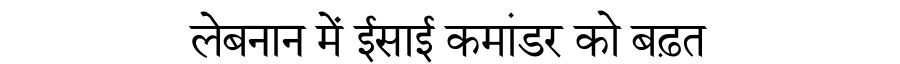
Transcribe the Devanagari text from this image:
लेबनान में ईसाई कमांडर को बढ़त